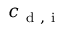
c _ { \mathrm { ~ d ~ } , \mathrm { ~ i ~ } }